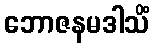
ဘောဇနမဒါသိံ